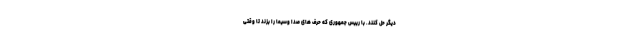
دیگر حل کنند. با رییس جمهوری که حرف های صدا وسیما را بزند تا وقتی